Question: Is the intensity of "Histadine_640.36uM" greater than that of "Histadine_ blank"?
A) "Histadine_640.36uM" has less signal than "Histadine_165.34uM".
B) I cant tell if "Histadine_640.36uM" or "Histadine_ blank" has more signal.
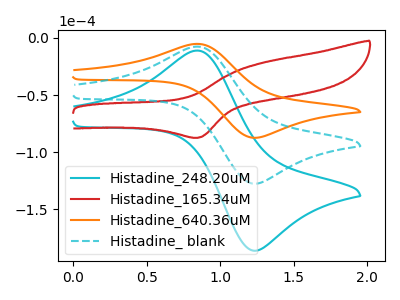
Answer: <think>The cyan curve "Histadine_248.20uM" has an anodic peak at (0.85V, -15.10uA) and a cathodic peak at (1.20V, -254.70uA). The red curve "Histadine_165.34uM" has an anodic peak at (1.25V, -22.25uA) and a cathodic peak at (0.85V, -87.45uA). The orange curve "Histadine_640.36uM" has an anodic peak at (0.85V, -5.20uA) and a cathodic peak at (1.20V, -87.25uA). The cyan dashed curve "Histadine_ blank" has an anodic peak at (0.85V, -7.55uA) and a cathodic peak at (1.20V, -127.35uA).
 All the peaks in "Histadine_640.36uM" have a peak in "Histadine_ blank" at the same potential.</think>
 <answer>B) I cant tell if "Histadine_640.36uM" or "Histadine_ blank" has more signal.</answer>
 <eval>B</eval>